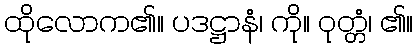
ထိုလောက၏။ ပဒဋ္ဌာနံ၊ ကို။ ဝုတ္တံ၊ ၏။